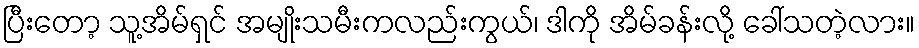
ပြီးတော့ သူ့အိမ်ရှင် အမျိုးသမီးကလည်းကွယ်၊ ဒါကို အိမ်ခန်းလို့ ခေါ်သတဲ့လား။